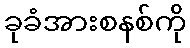
ခုခံအားစနစ်ကို